Annual administration report of the Civil Veterinary Department, Ajmere-Merwara, British Rajputana - 1914-1940
Year: 1914
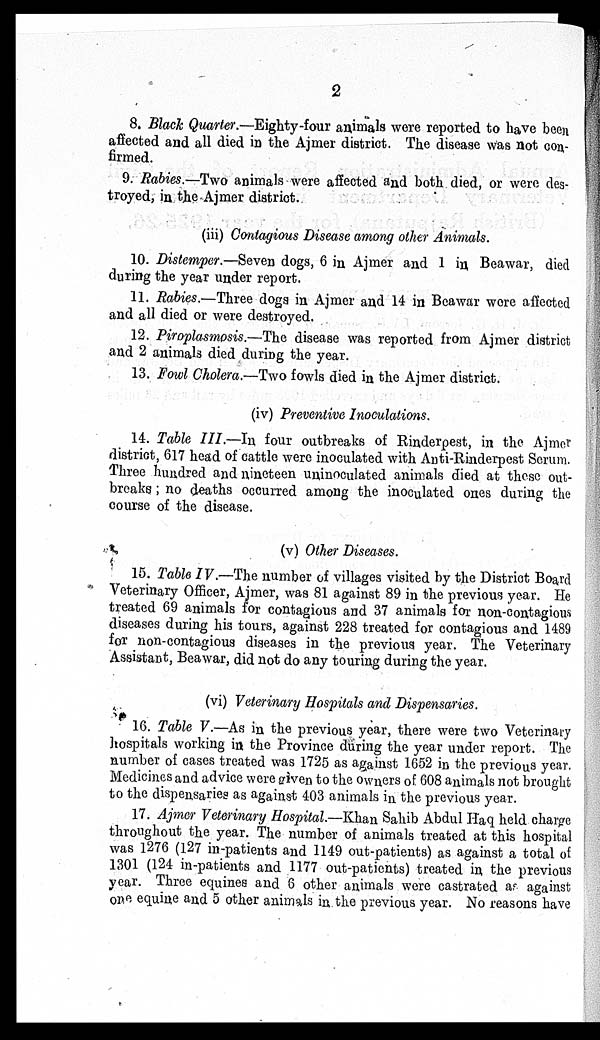
2
8. Black Quarter.—Eighty-four animals were reported to have been
affected and all died in the Ajmer district. The disease was not con-
firmed.
9. Rabies.—Two animals were affected and both died, or were des-
troyed, in the Ajmer district.
(iii) Contagious Disease among other Animals.
10. Distemper.—Seven dogs, 6 in Ajmer and 1 in Beawar, died
during the year under report.
11. Rabies.—Three dogs in Ajmer and 14 in Beawar were affected
and all died or were destroyed.
12. Piroplasmosis.—The disease was reported from Ajmer district
and 2 animals died during the year.
13. Fowl Cholera.—Two fowls died in the Ajmer district.
(iv) Preventive Inoculations.
14. Table III.—In four outbreaks of Rinderpest, in the Ajmer
district, 617 head of cattle were inoculated with Anti-Rinderpest Serum.
Three hundred and nineteen uninoculated animals died at these out-
breaks; no deaths occurred among the inoculated ones during the
course of the disease.
(v) Other Diseases.
15. Table IV.—The number of villages visited by the District Board
Veterinary Officer, Ajmer, was 81 against 89 in the previous year. He
treated 69 animals for contagious and 37 animals for non-contagious
diseases during his tours, against 228 treated for contagious and 1489
for non-contagious diseases in the previous year. The Veterinary
Assistant, Beawar, did not do any touring during the year.
(vi) Veterinary Hospitals and Dispensaries.
16. Table V.—As in the previous year, there were two Veterinary
hospitals working in the Province during the year under report. The
number of cases treated was 1725 as against 1652 in the previous year.
Medicines and advice were given to the owners of 608 animals not brought
to the dispensaries as against 403 animals in the previous year.
17. Ajmer Veterinary Hospital.—-Khan Sahib Abdul Haq held charge
throughout the year. The number of animals treated at this hospital
was 1276 (127 in-patients and 1149 out-patients) as against a total of
1301 (124 in-patients and 1177 out-patients) treated in the previous
year. Three equines and 6 other animals were castrated as against
one equine and 5 other animals in the previous year. No reasons have